Punjab Mental Hospital Lahore 1932-46 - 1932-1946
Year: 1932
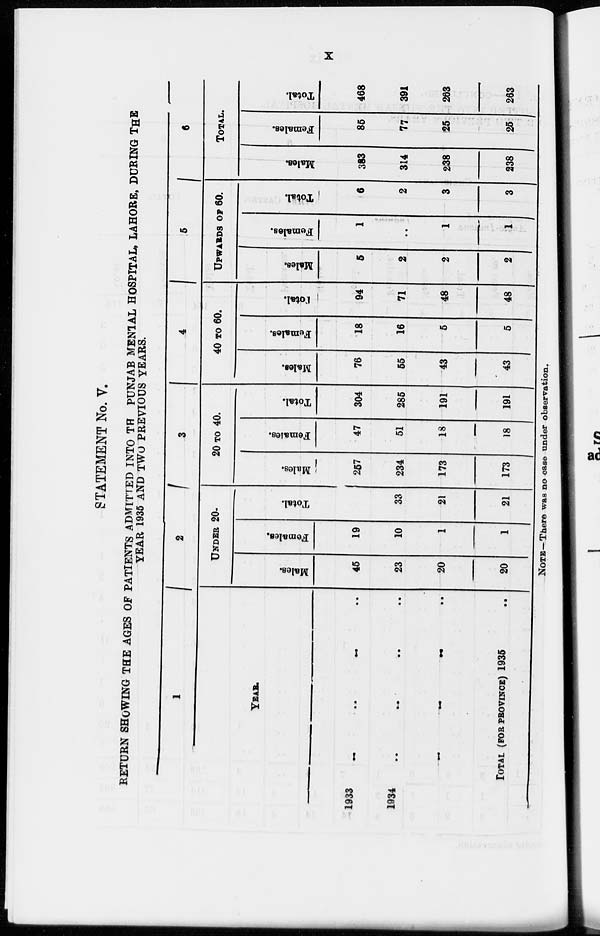
X
STATEMENT No. V.
RETURN SHOWING THE AGES OF PATIENTS ADMITTED INTO THE PUNJAB MENTAL HOSPITAL, LAHORE, DURING THE
YEAR 1935 AND TWO PREVIOUS YEARS.
1
YEAR.
1933 .. .. .. ..
1934
..
..
..
..
1935 .. .. .. ..
TOTAL (FOR PROVINCE) 1935
2
UNDER 20.
Males.
45
23
20
20
Females.
19
10
1
1
Total.
64
33
21
21
3
20 TO 40.
Males.
257
234
173
173
Females.
47
51
18
18
Total.
304
285
191
191
4
40 TO 60.
Males.
76
55
43
43
Females.
18
16
5
5
Total.
94
71
48
48
5
UPWARDS OF 60.
Males.
5
2
2
2
Females.
1
..
1
1
Total.
6
2
3
3
6
TOTAL.
Males.
383
314
238
238
Females.
85
77
25
25
Total.
468
391
263
263
NOTE—There was no case under observation.